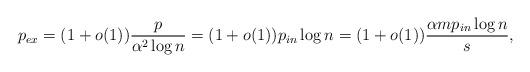
LaTeX: \begin{align*}p_{ex} &= (1+o(1))\frac{p}{\alpha ^2 \log n} =(1+o(1))p_{in } \log n= (1+o(1)) \frac{\alpha m p_{in}\log n}{ s},\end{align*}